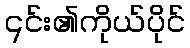
၎င်း၏ကိုယ်ပိုင်